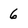
Character: 6